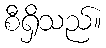
စီရှိသည်။